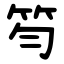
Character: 笉